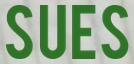
SUES